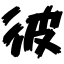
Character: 彼